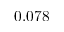
0 . 0 7 8